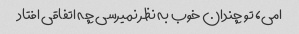
امی، تو چندان خوب به نظر نمیرسی چه اتفاقی افتاد